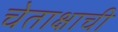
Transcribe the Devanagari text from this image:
चेताक्षाची